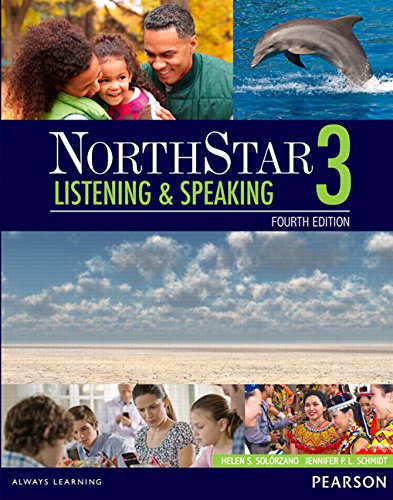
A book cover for NorthStar Listening and Speaking 3 with MyEnglishLab (4th Edition); Helen S Solorzano; Reference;